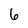
Character: 6